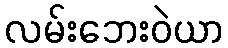
လမ်းဘေးဝဲယာ